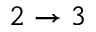
2 \to 3